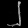
Digit: ၂